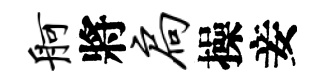
舸將扃操妾